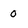
Character: 0